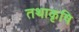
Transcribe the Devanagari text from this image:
तथाकृषि